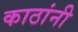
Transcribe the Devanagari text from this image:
काठांनी